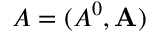
A = ( A ^ { 0 } , \mathbf { A } )